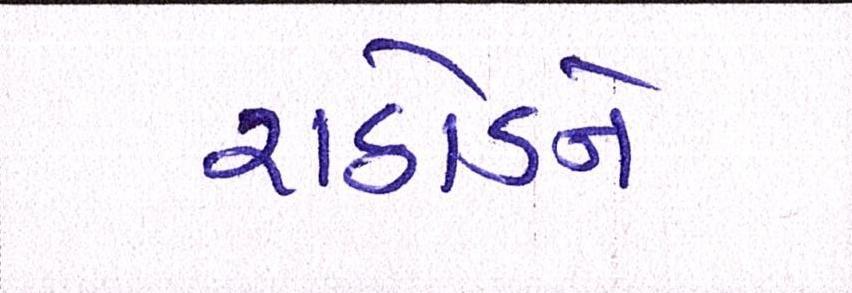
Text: રાઠોડને